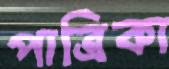
পাত্রিকা